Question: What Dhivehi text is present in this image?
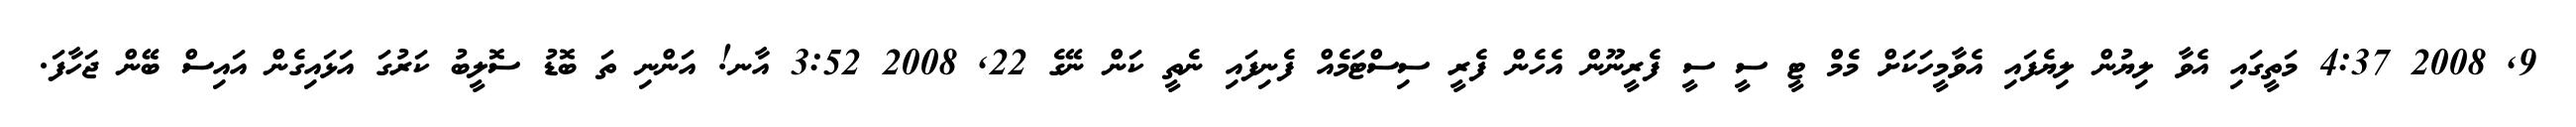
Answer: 9, 2008 4:37 މަތީގައި އެވާ ލިޔުން ލިޔެފައި އެވާމީހަކަށް މެމް ޓީ ސީ ސީ ފެރީނޫން އެހެން ފެރީ ސިސްޓަމެއް ފެނިފައި ނެތީ ކަން ނޭގެ 22, 2008 3:52 އާނ! އަންނި ތަ ބޮޑު ސޮލީބު ކަރުގަ އަޅައިގެން އައިސް ބޭން ޖަހާފަ.